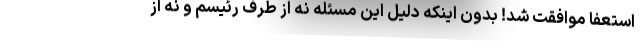
استعفا موافقت شد! بدون اینکه دلیل این مسئله نه از طرف رئیسم و نه از